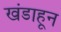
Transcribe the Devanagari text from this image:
खंडाहून